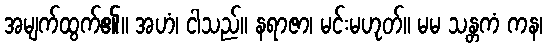
အမျက်ထွက်၏။ အဟံ၊ ငါသည်။ နရာဇာ၊ မင်းမဟုတ်။ မမ သန္တကံ ကန၊